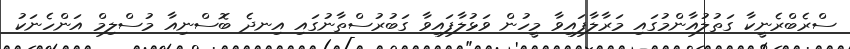
ސްރެބްރެނީކާ ގަތުލުއާންމުގައި މަރާލާފައިވާ މީހުން ވަޅުލާފައިވާ ގަބުރުސްތާނުގައި އިނދެ ބޮސްނިއާ މުސްލިމް އަންހެނަކު